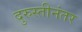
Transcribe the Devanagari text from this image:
दुरुस्तीनंतर